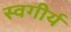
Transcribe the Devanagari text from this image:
स्वगीर्य